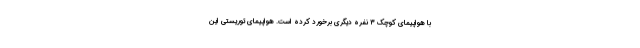
با هواپیمای کوچک ۳ نفره دیگری برخورد کرده است. هواپیمای توریستی این